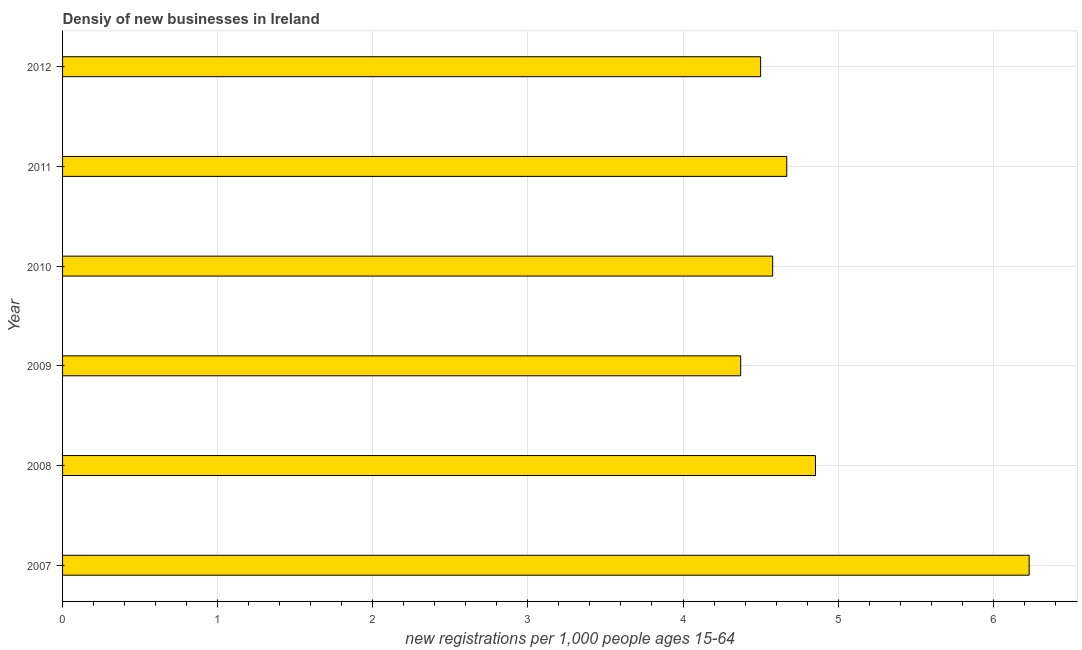
| Year | New business density |
 | --- | --- |
 | 2007 | 6.23 |
 | 2008 | 4.85 |
 | 2009 | 4.37 |
 | 2010 | 4.58 |
 | 2011 | 4.67 |
 | 2012 | 4.5 |